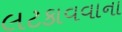
લટકાવવાના